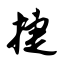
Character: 捷